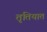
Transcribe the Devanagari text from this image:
तृतियात